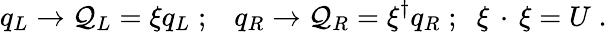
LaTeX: q_{L}\rightarrow{\cal{Q}}_{L}=\xi q_{L}\; ;\; \; \; q_{R}\rightarrow{\cal{Q}}_{R}=\xi^{\dagger}q_{R}\; ;\; \; \xi\, \cdot\, \xi=U\; .